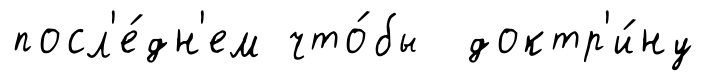
посл'е́дн'ем что́бы доктр'и́ну